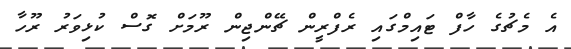
އެ މެޗުގެ ހާފް ޓައިމްގައި ރެފްރީން ޗޭންޖިން ރޫމަށް ގޮސް ކުޅިވަރު ރޫހާ